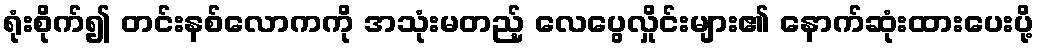
ရုံးစိုက်၍ တင်းနစ်လောကကို အသုံးမတည့် လေပွေလှိုင်းများ၏ နောက်ဆုံးထားပေးပို့